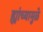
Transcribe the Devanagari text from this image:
ह्यांच्यामुळे